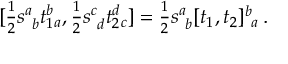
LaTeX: [ \textstyle { \frac { 1 } { 2 } } s _ { ~ b } ^ { a } t _ { 1 } ^ { b } { } _ { a } , \textstyle { \frac { 1 } { 2 } } s _ { ~ d } ^ { c } t _ { 2 } ^ { d } { } _ { c } ] = \textstyle { \frac { 1 } { 2 } } s _ { ~ b } ^ { a } [ t _ { 1 } , t _ { 2 } ] _ { ~ a } ^ { b } \, .